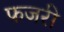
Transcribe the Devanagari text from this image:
फजरी